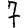
Digit: 7